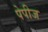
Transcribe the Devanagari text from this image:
पेपीज